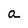
Character: a